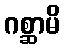
ဂစ္ဆာမိ